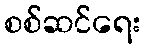
စစ်ဆင်ရေး